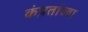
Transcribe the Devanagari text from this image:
कंप्रतांच्या